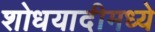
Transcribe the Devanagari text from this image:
शोधयादीमध्ये